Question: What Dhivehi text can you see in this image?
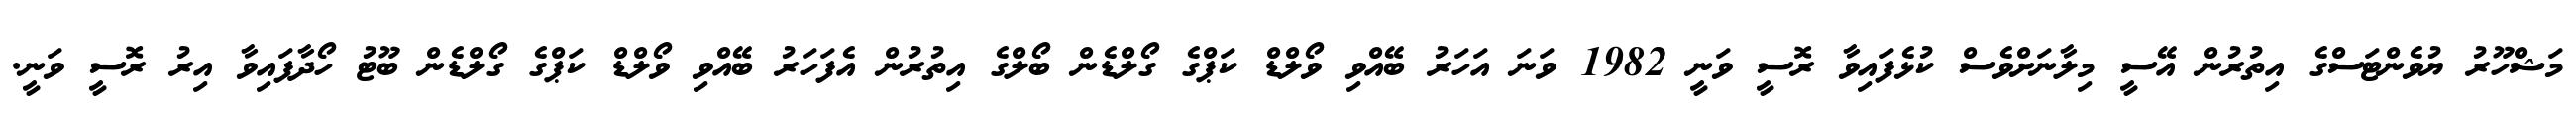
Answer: މަޝްހޫރު ޔުވެންޓަސްގެ އިތުރުން އޭސީ މިލާނަށްވެސް ކުޅެފައިވާ ރޮސީ ވަނީ 1982 ވަނަ އަހަރު ބޭއްވި ވޯލްޑް ކަޕްގެ ގޯލްޑެން ބޯލްގެ އިތުރުން އެފަހަރު ބޭއްވި ވޯލްޑް ކަޕްގެ ގޯލްޑެން ބޫޓު ހޯދާފައިވާ އިރު ރޮސީ ވަނީ.